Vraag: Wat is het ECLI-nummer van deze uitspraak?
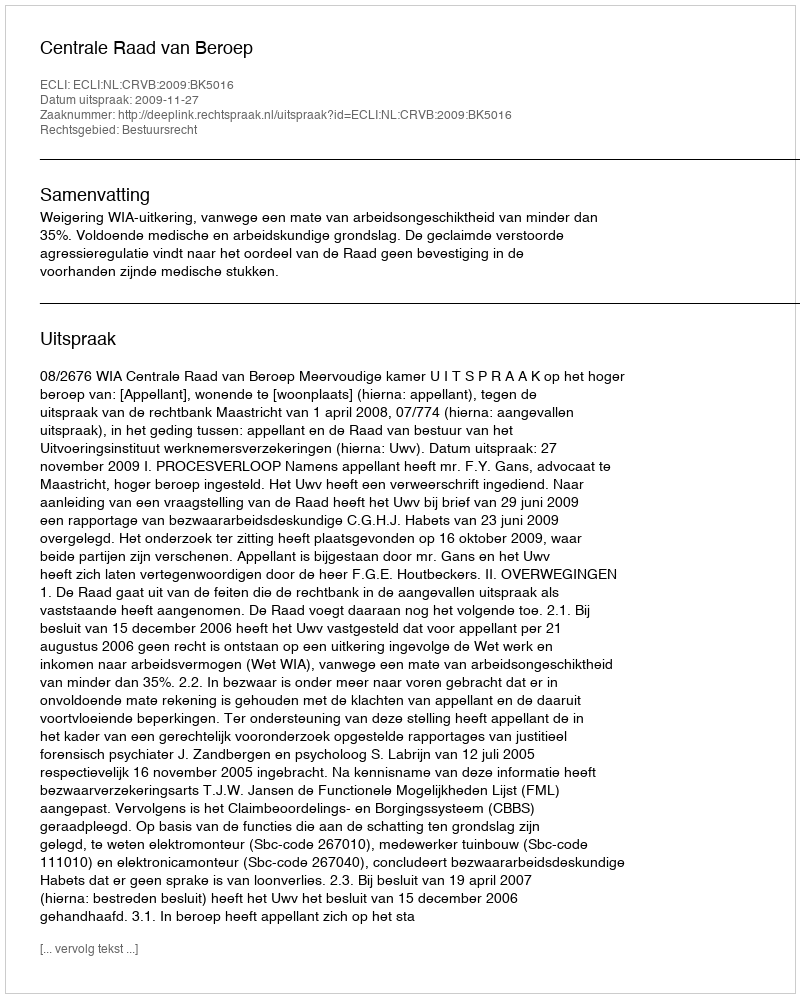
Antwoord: ECLI:NL:CRVB:2009:BK5016